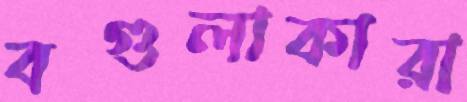
বগুলাকারা